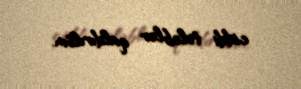
ciddi tələblər qaldırılsın.